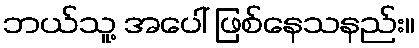
ဘယ်သူ့ အပေါ် ဖြစ်နေသနည်း။